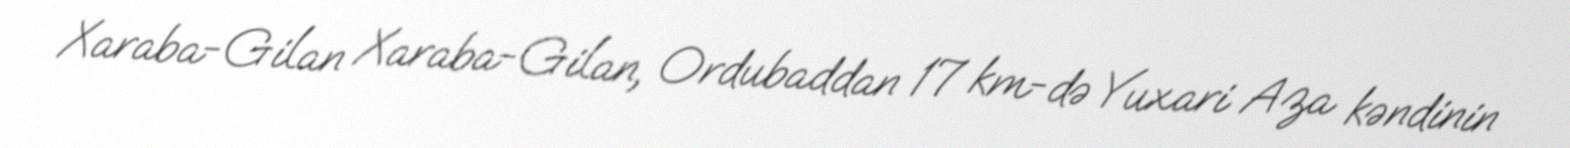
Xaraba-Gilan Xaraba-Gilan, Ordubaddan 17 km-də Yuxari Aza kəndinin